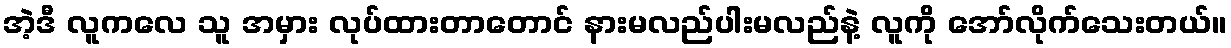
အဲ့ဒီ လူကလေ သူ အမှား လုပ်ထားတာတောင် နားမလည်ပါးမလည်နဲ့ လူကို အော်လိုက်သေးတယ်။